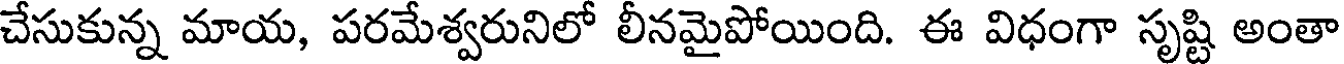
చేసుకున్న మాయ, పరమేశ్వరునిలో లీనమైపోయింది. ఈ విధంగా సృష్టి అంతా